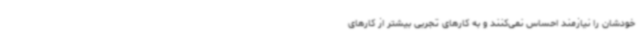
خودشان را نیازمند احساس نمی‌کنند و به کارهای تجربی بیشتر از کارهای